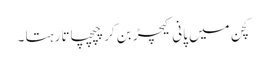
کچن میں پانی کیچڑ بن کر چپچپاتا رہتا ۔